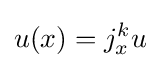
u(x)=j_{x}^{k}u